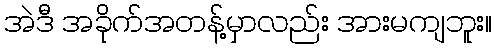
အဲဒီ အခိုက်အတန့်မှာလည်း အားမကျဘူး။